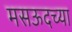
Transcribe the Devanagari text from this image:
मसऊदच्या